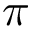
\pi